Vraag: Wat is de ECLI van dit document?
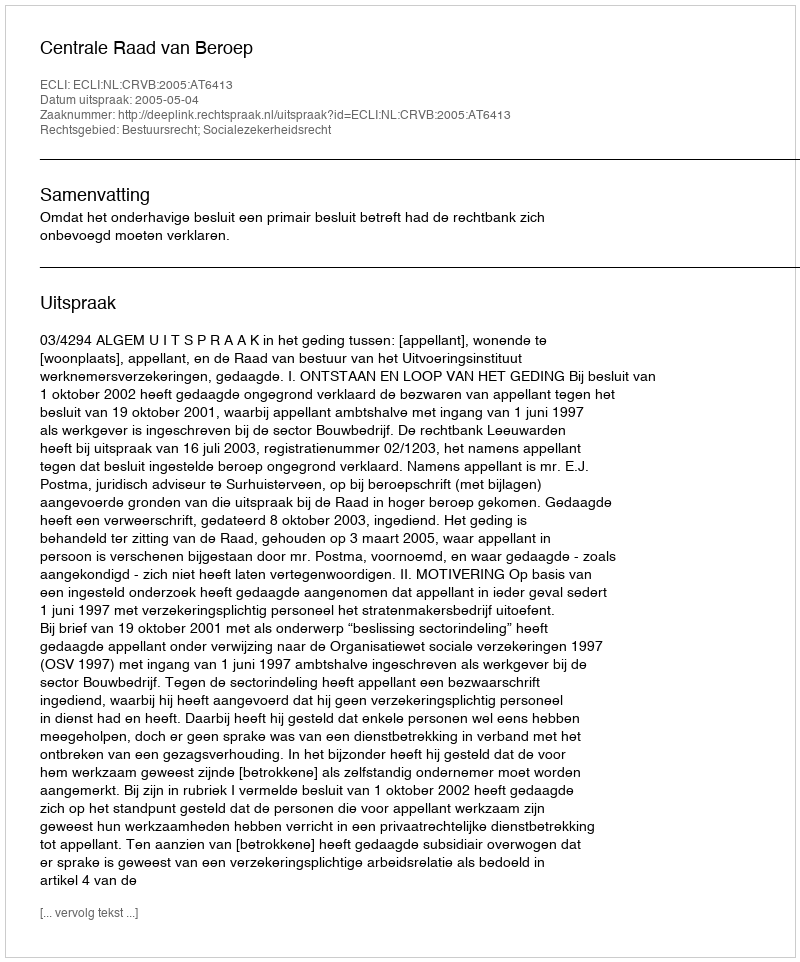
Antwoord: ECLI:NL:CRVB:2005:AT6413